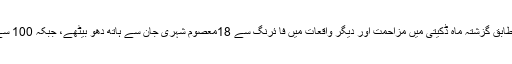
ایک حالیہ سرکاری رپورٹ کے مطابق گزشتہ ماہ ڈکیتی میں مزاحمت اور دیگر واقعات میں فا ئرنگ سے 18معصوم شہری جان سے ہاتھ دھو بیٹھے، جبکہ 100 سےزائد زخمی ہو کر اسپتال پہنچے ۔